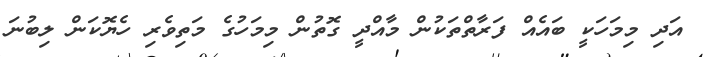
އަދި މިމަހަކީ ބައެއް ފަރާތްތަކުން މާއްދީ ގޮތުން މިމަހުގެ މަތިވެރި ހެޔޮކަން ލިބުނަ